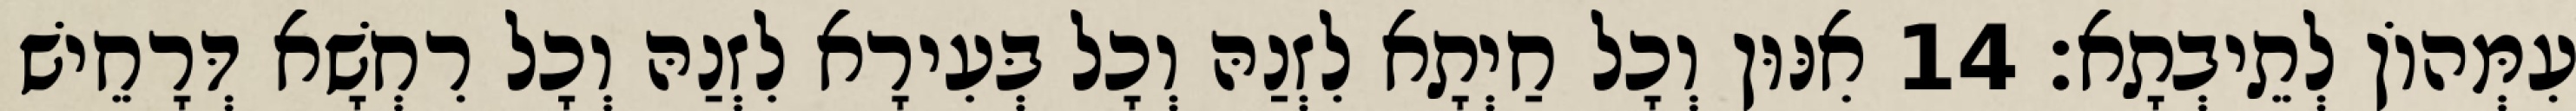
עִמְּהוֹן לְתֵיבְתָא׃ 14 אִנּוּן וְכָל חַיְתָא לִזְנַהּ וְכָל בְּעִירָא לִזְנַהּ וְכָל רִחְשָׁא דְּרָחֵישׁ